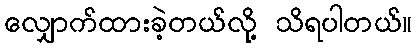
လျှောက်ထားခဲ့တယ်လို့ သိရပါတယ်။